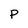
Character: P